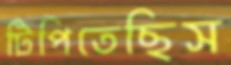
টিপিতেছিস